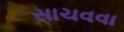
સાચવવા